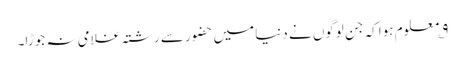
۹؎ معلوم ہوا کہ جن لوگوں نے دنیا میں حضور سے رشتہ غلامی نہ جوڑا۔